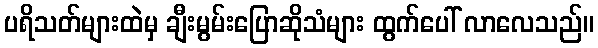
ပရိသတ်များထဲမှ ချီးမွမ်းပြောဆိုသံများ ထွက်ပေါ် လာလေသည်။